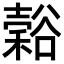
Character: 𬤵